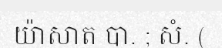
យ៉ាសាត បា. ; សំ. (